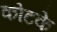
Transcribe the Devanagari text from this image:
कोटके